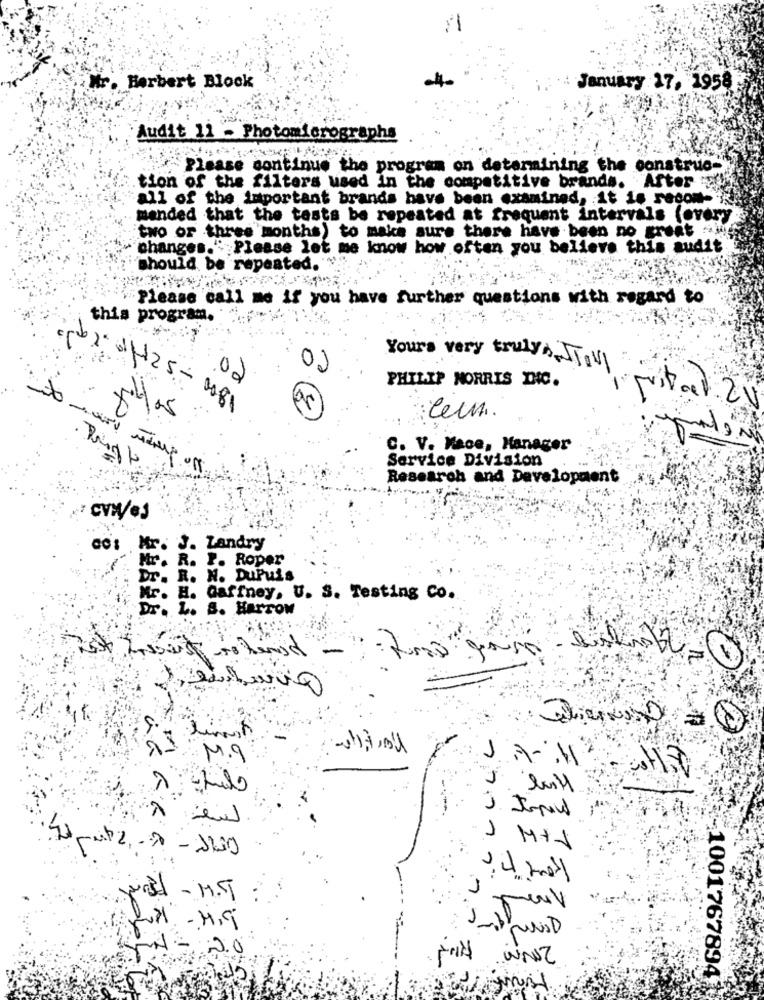
Mr. Herbert Block
January 27, 1958
Audit 11 - Photomicrographs
Please continue the program on determining the construe-
tion of the filters used in the competitive brands. After
all of the important brands have been examined, it is recom-
manded that the tests be repeated at frequent intervals (every
two or three months) to make sure there have been no great
changes." Please let me know how often you believe this audit
should be repeated.
Please call me if you have further questions with regard to
this program.
02
Yours very truly Joy
.02
PHILIP MORRIS DIC.
01425-081
pital 20
20
juntem
C. V. Mace, Manager
Service Division
Research and Development
do: Mr. J. Landry
Mr. R. P. Roper
Dr. R. N. DuPuis
Mr. H. Gaffney, U. S. Testing Co.
Dr. L. S. Harrow
M.9
1
15H-
5
4
- M,9
132 ES
2.0
1001767894